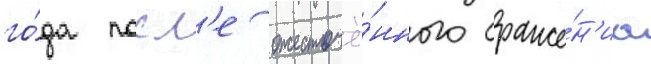
го́да посл'е ожесточё́нного сраже́н'иа